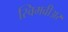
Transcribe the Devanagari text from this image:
स्विमवीअर